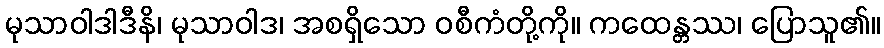
မုသာဝါဒါဒီနိ၊ မုသာဝါဒ၊ အစရှိသော ဝစီကံတို့ကို။ ကထေန္တဿ၊ ပြောသူ၏။